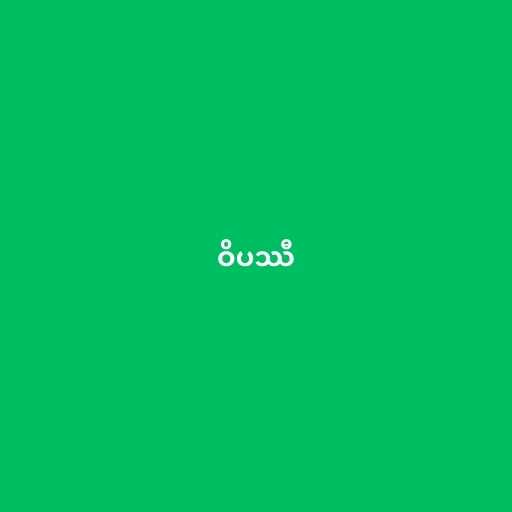
ဝိပဿီ